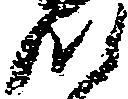
つ